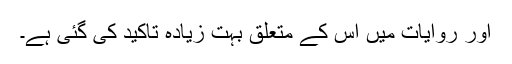
اور روایات میں اس کے متعلق بہت زیادہ تاکید کی گئی ہے۔